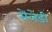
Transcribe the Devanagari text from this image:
मेलेडी